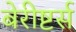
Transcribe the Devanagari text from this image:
बेरीष्टर्स